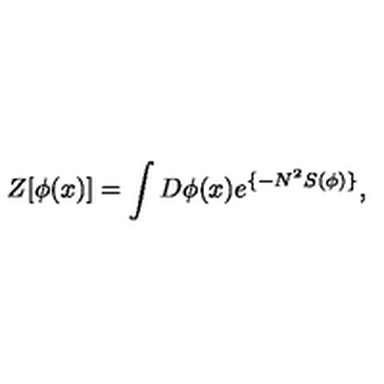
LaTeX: Z [ \phi ( x ) ] = \int D \phi ( x ) e ^ { \{ - N ^ { 2 } S ( \phi ) \} } ,